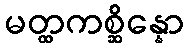
မတ္ထကစ္ဆိန္နော